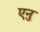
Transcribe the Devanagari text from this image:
एनु